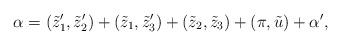
LaTeX: \begin{align*} \alpha=(\tilde{z}'_1,\tilde{z}'_2)+(\tilde{z}_1,\tilde{z}'_3)+ (\tilde{z}_2,\tilde{z}_3)+(\pi, \tilde{u})+\alpha',\end{align*}